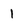
Character: 1